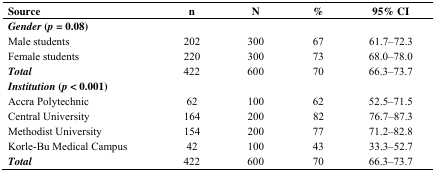
| Source | n | N | % | 95% CI |
 | --- | --- | --- | --- | --- |
 | Gender (p = 0.08) |  |  |  |  |
 | Male students | 202 | 300 | 67 | 61.7–72.3 |
 | Female students | 220 | 300 | 73 | 68.0–78.0 |
 | Total | 422 | 600 | 70 | 66.3–73.7 |
 | Institution (p < 0.001) |  |  |  |  |
 | Accra Polytechnic | 62 | 100 | 62 | 52.5–71.5 |
 | Central University | 164 | 200 | 82 | 76.7–87.3 |
 | Methodist University | 154 | 200 | 77 | 71.2–82.8 |
 | Korle-Bu Medical Campus | 42 | 100 | 43 | 33.3–52.7 |
 | Total | 422 | 600 | 70 | 66.3–73.7 |